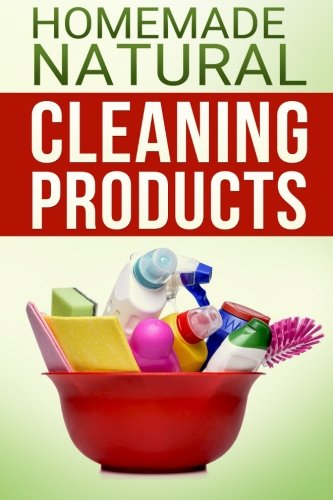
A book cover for Natural Homemade Cleaning Recipes with Essential Oils: 50 easy homemade cleaning recipes for an all natural healthy home; Madson Web Publishing; Crafts, Hobbies & Home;